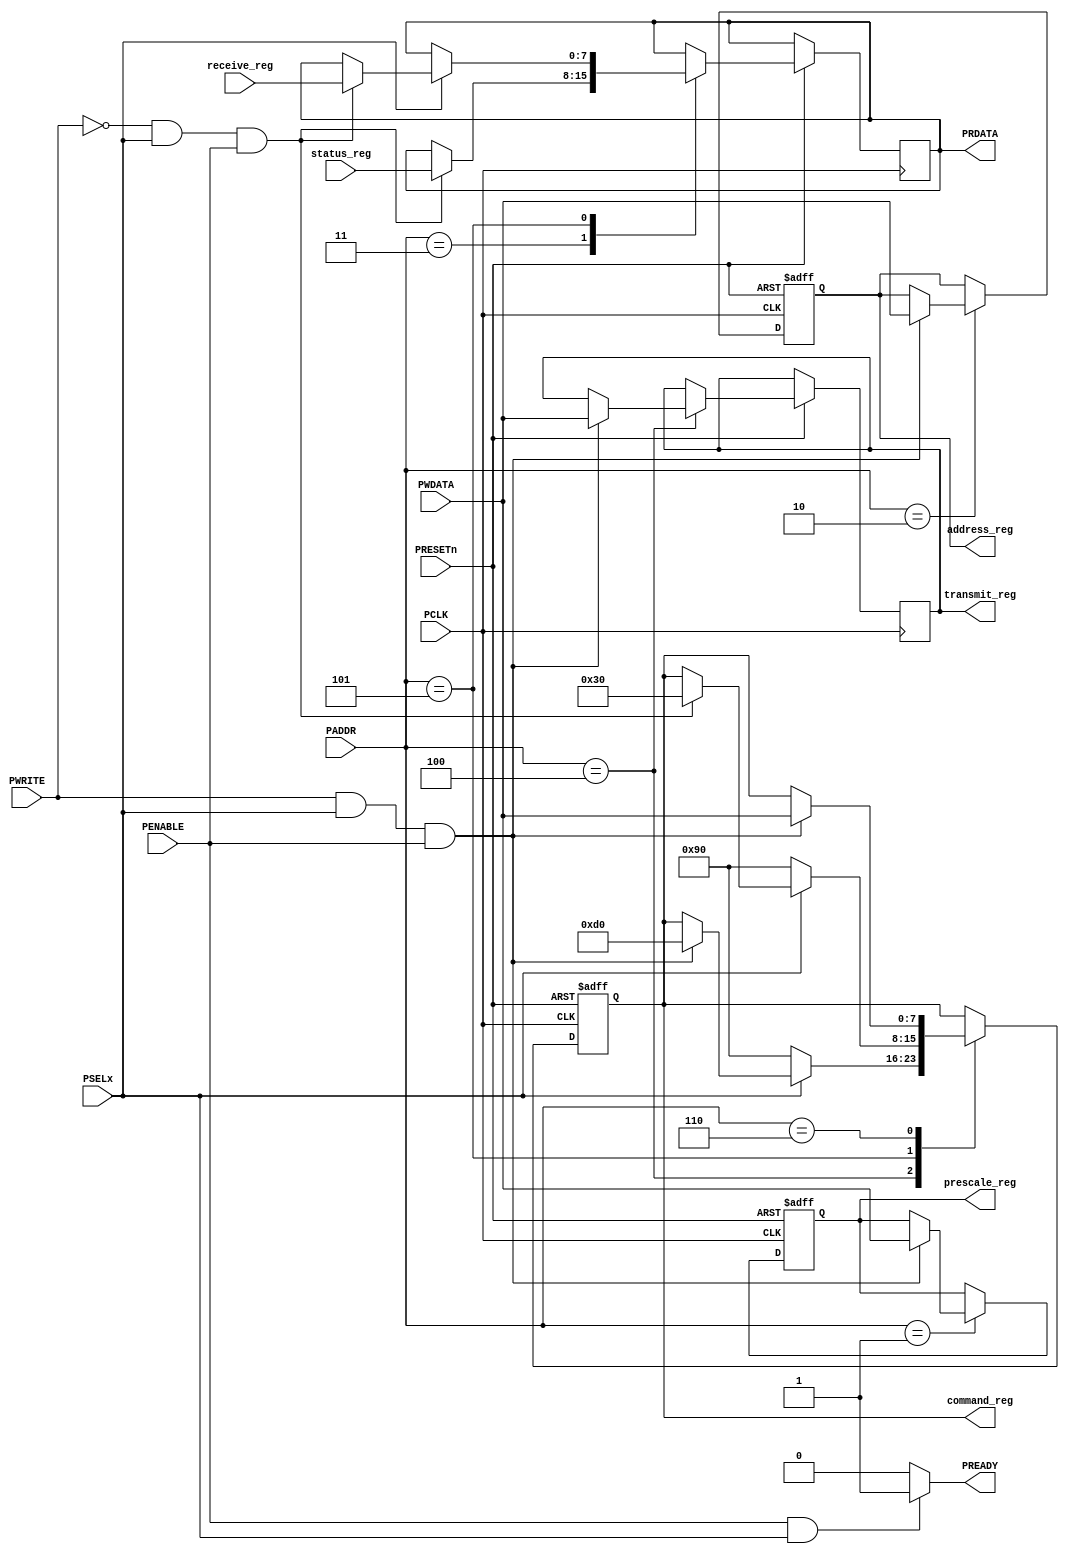
module apb
    (
	    input               PCLK,           // Clock
		input               PRESETn,        // Active-low reset
		input               PSELx,          // Select
		input               PWRITE,         // Direction: 
                                                // 1 -> write
                                                // 0 -> read
		input               PENABLE,        // Enable
		input       [7:0]   PADDR,          // APB address bus, 8 bits
		input       [7:0]   PWDATA,         // Write data
        input       [7:0]   status_reg,      
        input       [7:0]   receive_reg,

		output              PREADY,         // Ready
                                            // Slave can complete the transfer at next PCLK posedge
        output reg  [7:0]   PRDATA,
        output reg  [7:0]   transmit_reg, 
        output reg  [7:0]   command_reg,
        output reg  [7:0]   prescale_reg,
        output reg  [7:0]   address_reg
	);

    reg                     TX_empty;
    reg                     TX_full;
    reg                     RX_full;
    reg                     RX_empty;
    // reg [2:0]               reg_map;


    // Input status
    always @* begin
        TX_full             = status_reg[7];
        TX_empty            = status_reg[6];
        RX_full             = status_reg[5];
        RX_empty            = status_reg[4];
    end

    // always @(posedge PCLK, negedge PRESETn) begin
    //     if (!PRESETn)
    //         reg_map <= 3'b0;
    //     else
    //         reg_map <= PADDR[7:5];
    // end
    
    // READY
    assign PREADY = ((PENABLE == 1'b1) & (PSELx == 1'b1)) ? 1'b1 : 1'b0;
    
    // DATA READ FROM FIFO
    // assign PRDATA = ((RX_empty == 0) & (PENABLE == 1'b1) & (PWRITE == 1'b0) & (PSELx == 1'b1)) ? receive_reg : 8'b0;

    

    always @(posedge PCLK, negedge PRESETn) begin
        if (!PRESETn) begin
            command_reg                 <= 8'b00000000;
            address_reg                 <= 8'b0;
            prescale_reg                <= 8'b0;
        end
        else begin 
            case (PADDR)
                // Write to Prescale register
                1: begin
                    if ((PWRITE == 1) && (PSELx == 1) && (PENABLE == 1))
                        prescale_reg    <= PWDATA;
                end

                // Write to slave address
                2: begin
                    if ((PWRITE == 1) && (PSELx == 1) && (PENABLE == 1))
                        address_reg     <= PWDATA;
                end

                // Read from status register
                3: begin
                    if ((PWRITE == 0) && (PSELx == 1) && (PENABLE == 1))
                        PRDATA          <= status_reg;
                end

                // Write to transmit register
                4: begin
                    if ((PWRITE == 1) && (PSELx == 1) && (PENABLE == 1)) begin
                        transmit_reg    <= PWDATA;
                        command_reg     <= 11010000;
                    end
                    if (PSELx == 0)
                        command_reg     <= 10010000;
                end

                // Read from receive register
                5: begin
                    if (PSELx == 0)
                        command_reg     <= 10010000;
                    else if ((PWRITE == 0) && (PSELx == 1) && (PENABLE == 1)) begin
                        PRDATA          <= receive_reg;
                        command_reg     <= 10110000;
                    end
                end
                
                // Write to Command regisger
                6: begin
                    if ((PWRITE == 1) && (PSELx == 1) && (PENABLE == 1))
                        command_reg     <= PWDATA;
                end
            endcase            
        end
    end
endmodule